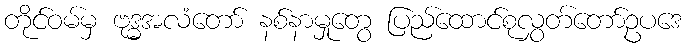
တိုင်ဝမ်မှ ဗုဒ္ဓအလံတော် နစ်နာမှုတွေ ပြည်ထောင်စုလွှတ်တော်ဥပဒေ